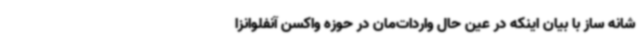
شانه ساز با بیان اینکه در عین حال واردات‌مان در حوزه واکسن آنفلوانزا